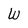
Character: W